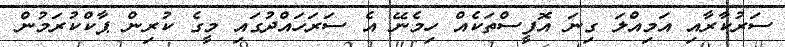
ސަރުކާރާއި އަމިއްލަ ގިނަ އޮފީސްތަކެއް ހިމެނޭ އެ ސަރަހައްދުގައި މީގެ ކުރިން ޕާކްކުރަމުން